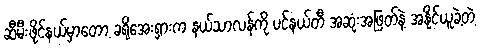
ဆီမီးဖိုင်နယ်မှာတော့ ခရိုအေးရှားက နယ်သာလန်ကို ပင်နယ်တီ အဆုံးအဖြတ်နဲ့ အနိုင်ယူခဲ့တဲ့